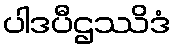
ပါဒပီဌဿိဒံ